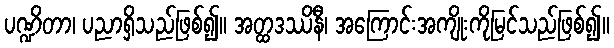
ပဏ္ဍိတာ၊ ပညာရှိသည်ဖြစ်၍။ အတ္ထဒဿိနီ၊ အကြောင်းအကျိုးကိုမြင်သည်ဖြစ်၍။